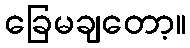
ခြေမချတော့။